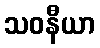
သဝနီယာ